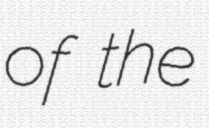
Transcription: of the